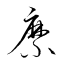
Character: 縻